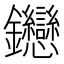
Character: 𬬦